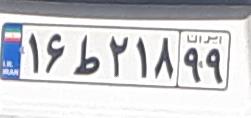
۱۶ط۳۱۸۹۹